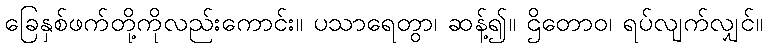
ခြေနှစ်ဖက်တို့ကိုလည်းကောင်း။ ပသာရေတွာ၊ ဆန့်၍။ ဌိတောဝ၊ ရပ်လျက်လျှင်။